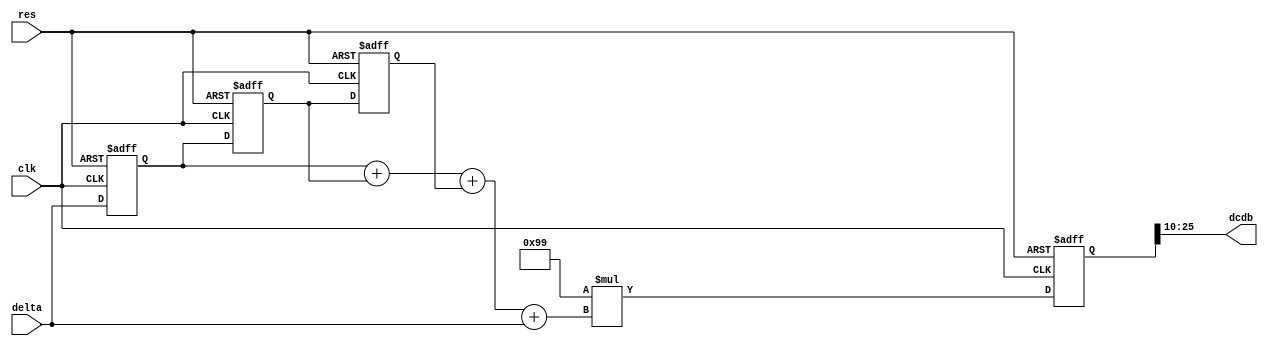
`timescale 1ns / 1ps
//////////////////////////////////////////////////////////////////////////////////
// Company: Kyushu Institute of Technology
// 
// Design Name:    Neural Network (using backpropagation)
// Module Name:    db_adder 
// Project Name:   LSI Design Contest in Okinawa 2018
// Target Devices: 
// Tool versions: 
//
// Description: 
//			Calculation of delta2 with 2 input and 1 output
// Input : 
//		clk				: 1 bit
//		reset			: 1 bit : high active
//		delta           : 16 bits 00_0000.0000_0000_00 signed : delta value
//
// Output:
//		dcdb            : 16 bits 00_0000.0000_0000_00 signed : new bias parameter
//
// Dependencies: 
//
// Revision: 
// Revision 0.01 - File Created
// Additional Comments: 
//
//////////////////////////////////////////////////////////////////////////////////
module db_adder(clk,res,delta,dcdb);
	input 	clk,res;
	input signed [15:0] delta;
	output signed [15:0] dcdb;
	
	reg [3:0]		q;
	reg signed [15:0]	delta_1,delta_2,delta_3,delta_4;
	reg signed [15:0]	eta = 16'b1111111110011001;//eta=-0.1
	reg signed [31:0]	tmp_dcdb;
		
	always@(posedge clk or posedge res) 
	begin
		if(res == 1'b1)
			q <= 4'h0;
		else if(q == 4'h3)
			q <= 4'h0;
		else
			q <= q + 4'h1;
	end
	
	always@(posedge clk or posedge res)
	begin
		if(res == 1'b1)
		begin
			delta_1 <= 0;
			delta_2 <= 0;
			delta_3 <= 0;
			tmp_dcdb <= 0;
		end
		else
		    begin
		      delta_3 <= delta_2;
		      delta_2 <= delta_1;
		      delta_1 <= delta;
		      tmp_dcdb <= eta * (delta_1 + delta_2 + delta_3 + delta);
		    end
	end
	
	assign dcdb = tmp_dcdb[25:10];
		
endmodule